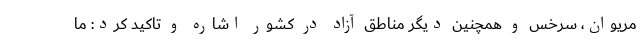
مریوان، سرخس و همچنین دیگر مناطق آزاد در کشور اشاره و تاکید کرد: ما